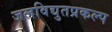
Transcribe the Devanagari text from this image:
जलविद्युतप्रकल्प